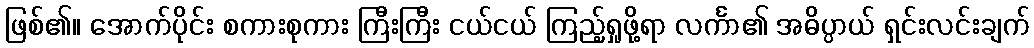
ဖြစ်၏။ အောက်ပိုင်း စကားစုကား ကြီးကြီး ငယ်ငယ် ကြည့်ရှုဖို့ရာ လင်္ကာ၏ အဓိပ္ပာယ် ရှင်းလင်းချက်